Annual report on the mental hospital in the Central Provinces and Berar (Nagpur) - 1927-1951
Year: 1927
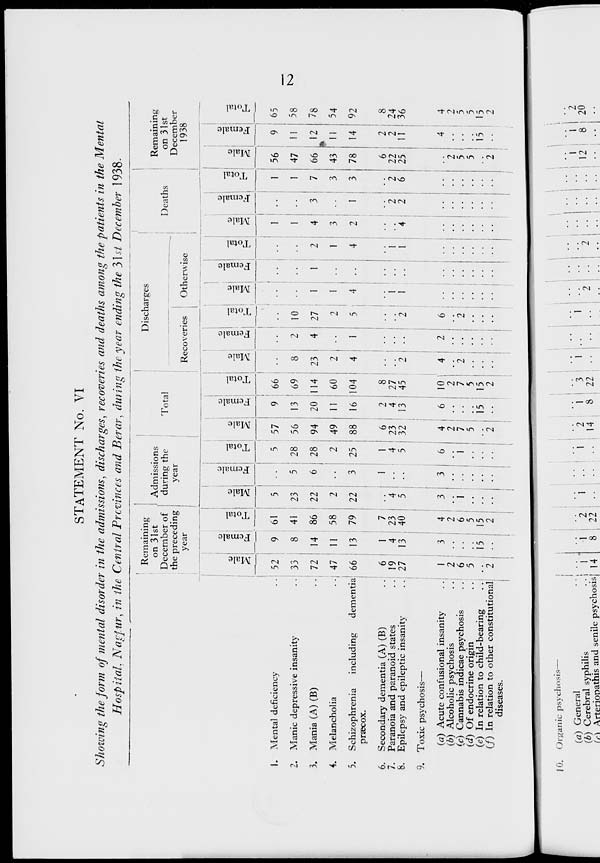
12
STATEMENT No. VI
Showing the form of mental disorder in the admissions, discharges, recoveries and deaths among the patients in the Mental
Hospital. Nagpur, in the Central Provinces and Berar, during the year ending the 31st December 1938.
1. Mental deficiency ..
2. Manie depressive insanity ..
3. Mania (A) (B) ..
4. Melancholia
..
5. Schizophrenia
including
dementia
præcox.
6. Secondary dementia (A) (B) ..
7. Paranoia and paranoid states ..
8. Epilepsy and epileptic insanity ..
9. Toxic psychosis—
(a) Acute confusional insanity ..
(b) Alcoholic psychosis ..
(c) Cannabis indicae psychosis ..
(d) Of endocrine origin ..
(e) In relation to child-bearing ..
(f) In relation to other constitutional ..
diseases.
Remaining
on 31st
December of
the preceding
year
Male
52
33
72
47
66
6
19
27
1
2
6
5
..
2
Female
9
8
14
11
13
1
4
13
3
..
..
..
15
..
Total
61
41
86
58
79
7
23
40
4
2
6
5
15
2
Admissions
during the
year
Male
5
23
22
2
22
..
4
5
3
..
1
..
..
..
Female
..
5
6
..
3
1
..
..
3
..
..
..
..
..
Total
5
28
28
2
25
1
4
5
6
..
1
..
..
..
Total
Male
57
56
94
49
88
6
23
32
4
2
7
5
..
2
Female
9
13
20
11
16
2
4
13
6
..
..
..
15
..
Total
66
69
114
60
104
8
27
45
10
2
7
5
15
2
Discharges
Recoveries
Male
..
8
23
2
4
..
..
2
4
..
2
..
..
..
Female
..
2
4
..
1
..
..
..
2
..
..
..
..
..
Total
..
10
27
2
5
..
..
2
6
..
2
..
..
..
Otherwise
Male
..
..
1
1
4
1
1
1
..
..
..
..
..
..
Female
..
..
1
..
..
..
..
..
..
..
..
..
..
..
Total
..
..
2
1
4
1
1
1
..
..
..
..
..
..
Deaths
Male
1
1
4
3
2
..
..
4
..
..
..
..
..
..
Female
..
..
3
..
1
..
2
2
..
..
Total
1
1
7
3
3
..
2
6
..
..
Remaining on 31st
December 1938
Male
56
47
66
43
78
6
22
25
..
2
5
5
..
2
Female
9
11
12
11
14
2
2
11
4
..
..
..
15
..
Total
65
58
78
54
92
8
24
36
4
2
5
5
15
2